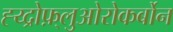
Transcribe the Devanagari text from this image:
ह्य्द्रोफ़्लुओरोकर्बोन